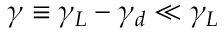
\gamma \equiv \gamma _ { L } - \gamma _ { d } \ll \gamma _ { L }